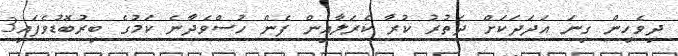
ދިވެހިން ގިނަ އަދަދަކަށް ދަތުރު ކުރާ ކެރަލާއިން ފެން ހުސްވެދާނެ ކަމުގެ ބިރުބޮޑުވެފައި3